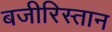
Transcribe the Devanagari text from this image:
बजीरिस्तान